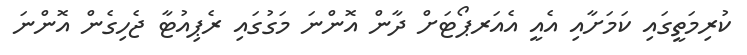
ކުރިމަތީގައި ކަމަށާއި އެއީ އެއަރޕޯޓަށް ދާން އޮންނަ މަގުގައި ރެޕިއުޓާ ޖެހިގެން އޮންނަ